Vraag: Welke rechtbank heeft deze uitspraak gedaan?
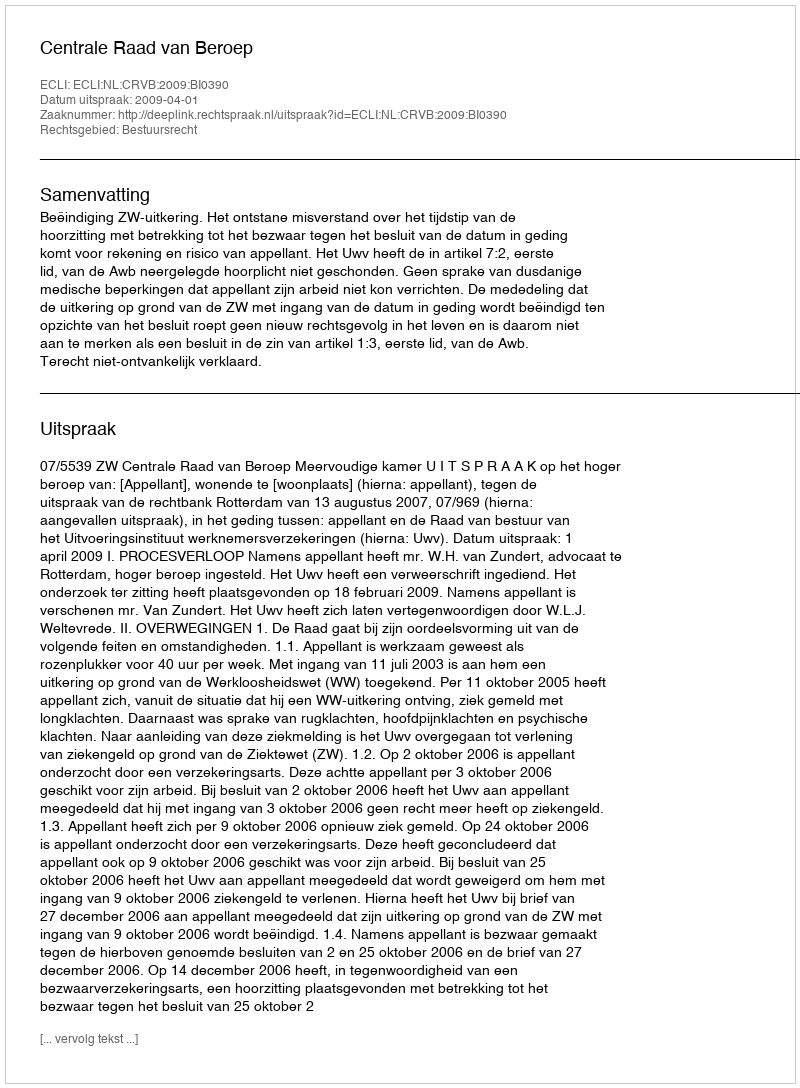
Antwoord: Centrale Raad van Beroep